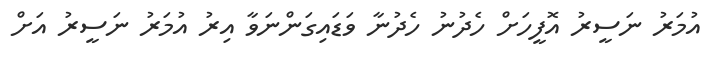
އުމަރު ނަސީރު އޮފީހަށް ހެދުނު ހެދުނާ ވަޑައިގަންނަވާ އިރު އުމަރު ނަސީރު އަށް